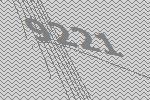
9221